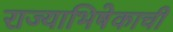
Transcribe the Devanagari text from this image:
राज्याभिषेकाची